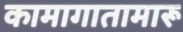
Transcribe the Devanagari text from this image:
कामागातामारू